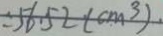
= 5 6 . 5 2 ( c m ^ { 3 } )